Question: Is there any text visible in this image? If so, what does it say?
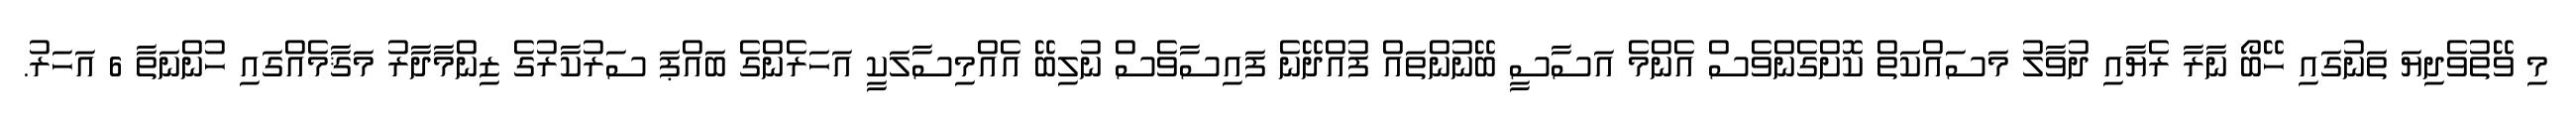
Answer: މި ވޭތުވެދިޔަ ތަނުގައި ހޭބޯ ނާރާ ރެޔާއި ދުވާލު މަސައްކަތް ކޮށްގެންވެސް އެންމެ އަސާސީ ބޭނުންތައް ފުއްދޭނެ ފައިސާވެސް ނުލިބޭ އެއްމިސާލަކީ އަހަރެންގެ ބައްޕަ ސަރުކާރުގެ ޒިންމާދާރު މަޤާމެއްގައި ހުންނަތާ 6 އަހަރު.